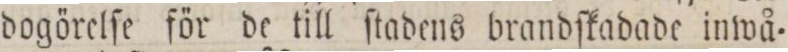
dogörelſe för de till ſtadens brandſkadade inwå=